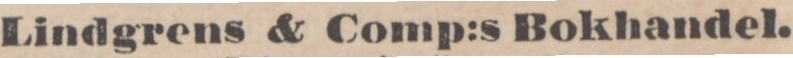
Lindgrens & Comp:s Bokhandel.